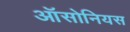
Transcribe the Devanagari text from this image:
ऑसोनियस